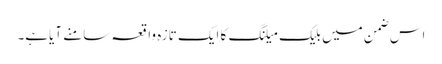
اس ضمن میں بلیک میلنگ کا ایک تازہ واقعہ سامنے آیاہے۔